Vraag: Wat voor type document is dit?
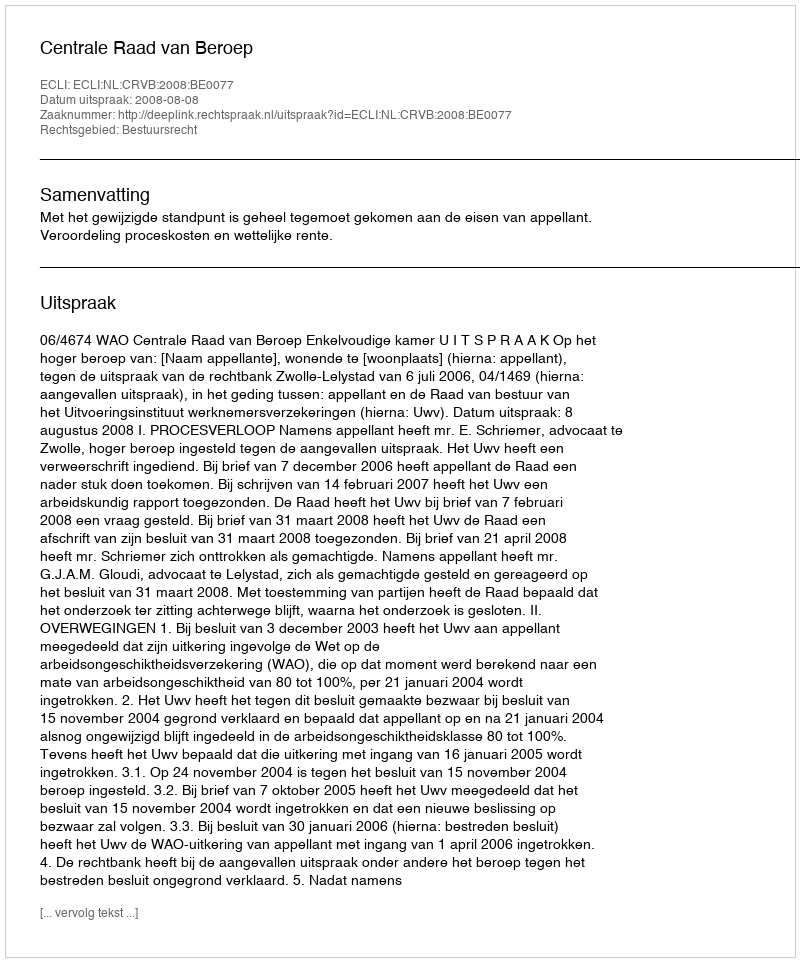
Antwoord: Uitspraak